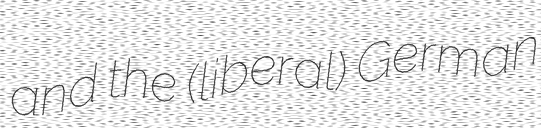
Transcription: and the (liberal) German